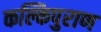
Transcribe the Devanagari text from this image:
कल्किपुराण